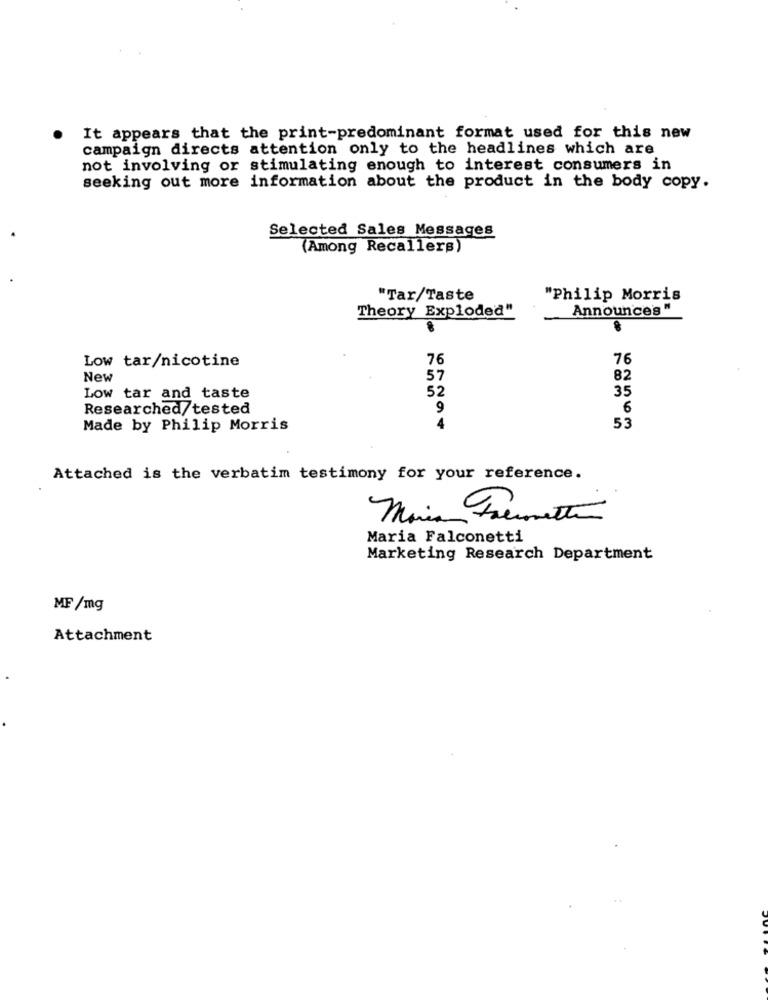
It appears that the print-predominant format used for this new
campaign directs attention only to the headlines which are
not involving or stimulating enough to interest consumers in
seeking out more information about the product in the body copy.
Selected Sales Messages
(Among Recallers)
"Tar/Taste
"Philip Morris
Theory Exploded"
Announce's "
Low tar/nicotine
76
76
New
57
82
52
35
Low tar and taste
Researched/tested
9
6
Made by Philip Morris
4
53
Attached is the verbatim testimony for your reference.
Maria Premetto
Maria Falconetti
Marketing Research Department
MF /mg
Attachment